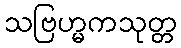
သဗြဟ္မကသုတ္တ